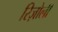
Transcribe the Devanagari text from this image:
रिज़ोली